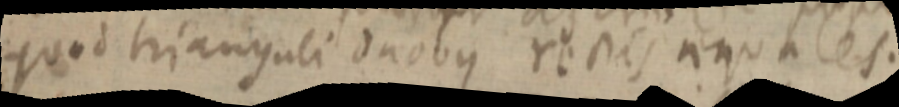
quod trianguli duobus rectis aequales.